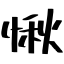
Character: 愀